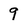
Character: 9